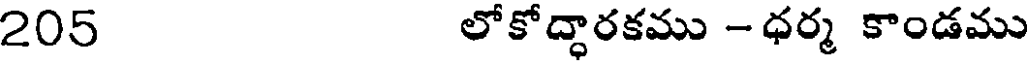
205 లోకోద్ధారకము -ధర్మ కాండము